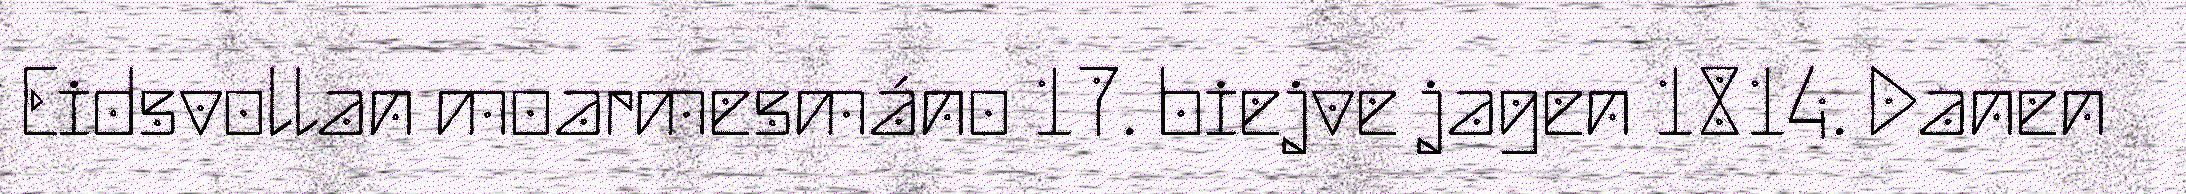
Eidsvollan moarmesmáno 17. biejve jagen 1814. Danen